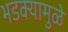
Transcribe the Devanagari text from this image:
भडक्यामुळे